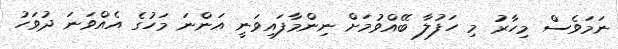
ނަމަވެސް މިހާރު މި ހަފުލާ ބޭއްވުމަށް ނިންމާފައިވަނީ އަންނަ މަހުގެ އެއްވަނަ ދުވަހު